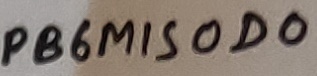
Text: PB6MISOD0